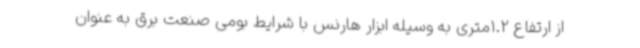
از ارتفاع 1.2متری به وسیله ابزار هارنس با شرایط بومی صنعت برق به عنوان